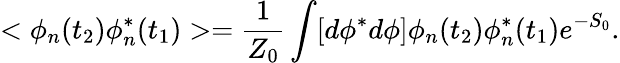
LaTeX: <\phi_{n}(t_{2})\phi_{n}^{*}(t_{1})>=\frac{1}{Z_{0}}\int[d\phi^{*}d\phi]\phi_{n}(t_{2})\phi_{n}^{*}(t_{1})e^{-S_{0}}.